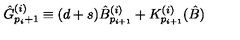
{ \hat { G } } _ { p _ { i } + 1 } ^ { ( i ) } \equiv ( d + s ) { \hat { B } } _ { p _ { i + 1 } } ^ { ( i ) } + { K } _ { p _ { i + 1 } } ^ { ( i ) } ( \hat { B } )